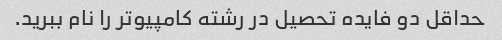
حداقل دو فایده تحصیل در رشته کامپیوتر را نام ببرید.